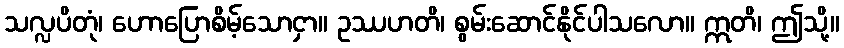
သလ္လပိတုံ၊ ဟောပြောစိမ့်သောငှာ။ ဥဿဟတိ၊ စွမ်းဆောင်နိုင်ပါသလော။ ဣတိ၊ ဤသို့။